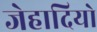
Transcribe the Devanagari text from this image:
जेहादियो